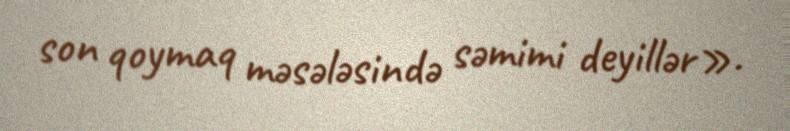
son qoymaq məsələsində səmimi deyillər».